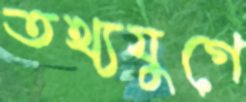
তথ্যযুগে